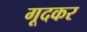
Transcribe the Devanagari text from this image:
गूदकर